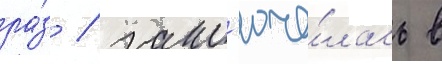
ра́з / закл'юча́лась в